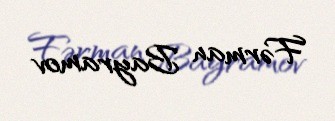
Fərman Bayramov